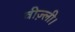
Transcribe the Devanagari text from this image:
वीज़्ली।